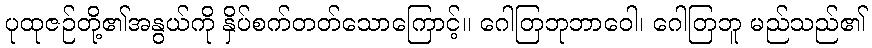
ပုထုဇဉ်တို့၏အနွယ်ကို နှိပ်စက်တတ်သောကြောင့်။ ဂေါတြဘုဘာဝေါ၊ ဂေါတြဘူ မည်သည်၏